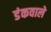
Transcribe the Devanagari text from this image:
डंकवाले